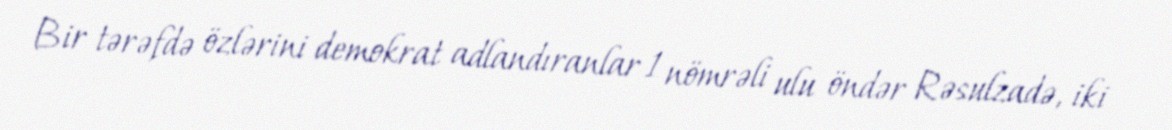
Bir tərəfdə özlərini demokrat adlandıranlar 1 nömrəli ulu öndər Rəsulzadə, iki